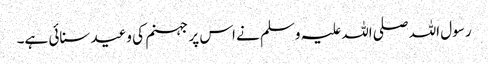
رسول اللہ صلی اللہ علیہ وسلم نے اس پر جہنم کی وعید سنائی ہے۔